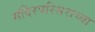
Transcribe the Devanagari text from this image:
मंदिरपरिसराच्या